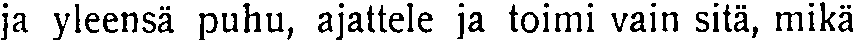
ja yleensä puhu, ajattele ja toimi vain sitä, mikä